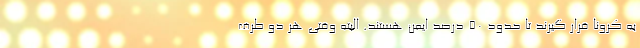
به کرونا قرار گیرند تا حدود ۵۰ درصد ایمن هستند. البته وقتی هر دو طرف